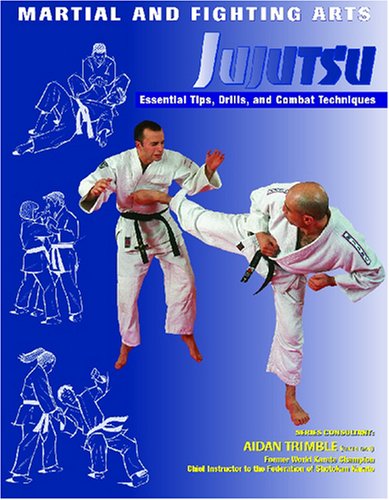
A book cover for Jujutsu: Essential Tips, Drills, and Combat Techniques (Martial and Fighting Arts); Nathan Johnson; Teen & Young Adult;